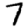
Digit: 7